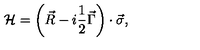
{ \cal H } = \left( \vec { R } - i \frac 1 2 \vec { \Gamma } \right) \cdot \vec { \sigma } ,